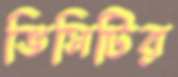
ভিসিটির